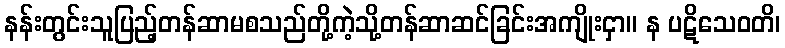
နန်းတွင်းသူပြည့်တန်ဆာမစသည်တို့ကဲ့သို့တန်ဆာဆင်ခြင်းအကျိုးငှာ။ န ပဋိသေဝတိ၊